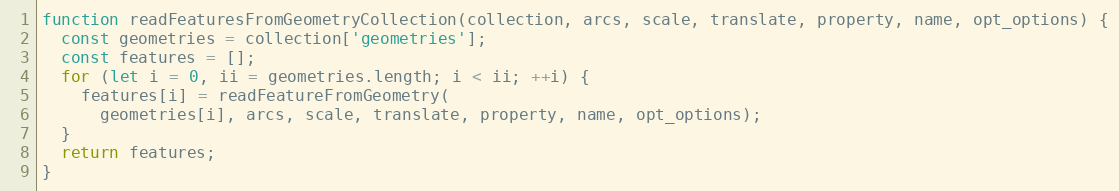
Language: JavaScript
function readFeaturesFromGeometryCollection(collection, arcs, scale, translate, property, name, opt_options) {
  const geometries = collection['geometries'];
  const features = [];
  for (let i = 0, ii = geometries.length; i < ii; ++i) {
    features[i] = readFeatureFromGeometry(
      geometries[i], arcs, scale, translate, property, name, opt_options);
  }
  return features;
}